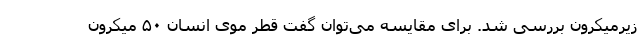
زیرمیکرون بررسی شد. برای مقایسه می‌توان گفت قطر موی انسان ۵۰ میکرون